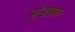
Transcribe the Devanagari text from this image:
संसप्तक